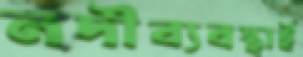
নদীব্যবস্থাই